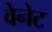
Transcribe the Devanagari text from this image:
वेनेट